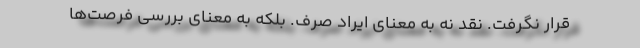
قرار نگرفت. نقد نه به معنای ایراد صرف. بلکه به معنای بررسی فرصت‌ها